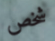
شخص